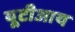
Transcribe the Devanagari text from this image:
यूटीआय